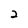
Character: 2